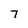
Character: 7